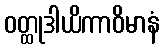
ဝတ္ထုဒါယိကာဝိမာနံ